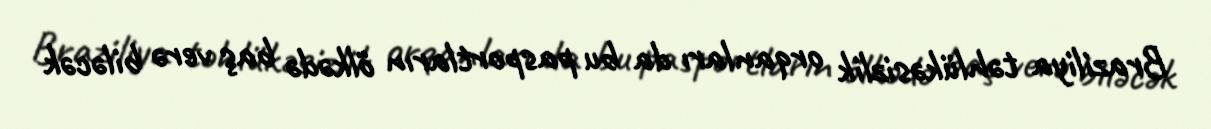
Braziliya təhlükəsizlik orqanları da bu pasportların ölkədə baş verə biləcək